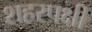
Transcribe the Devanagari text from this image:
शहरपक्षी